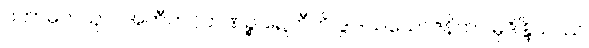
ပိတာမဟယုဂါ အတီတဂ္ဂဟဏဉ္စ ဍေတီတိ ဒွါဒသယောဇနိကာ မုဒိန္ဒြိယဿ